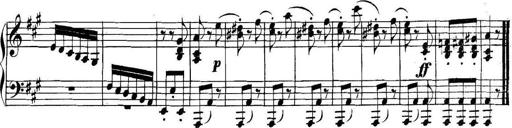
Title: Collected Piano Sonatas
Composer: Muzio Clementi